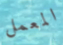
المعمل